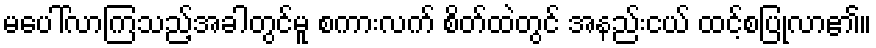
မပေါ်လာကြသည့်အခါတွင်မူ စကားလက် စိတ်ထဲတွင် အနည်းငယ် ထင့်စပြုလာ၏။